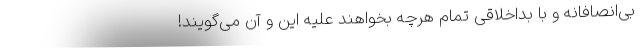
بی‌انصافانه و با بداخلاقی تمام هرچه بخواهند علیه این و آن می‌گویند!